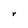
Character: r